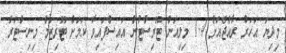
މިދިޔަ އަހަރު ރާއްޖެއަށް 1.4 މިލިއަން ޓޫރިސްޓުން އައިސްފައިވާ ކަމަށް ޓޫރިޒަމް މިނިސްޓަރު